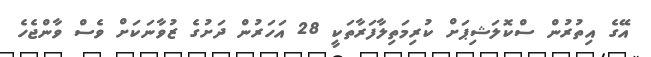
އޭގެ އިތުރުން ސްކޮލަޝިޕަށް ކުރިމަތިލާފަރާތަކީ 28 އަހަރުން ދަށުގެ ޒުވާނަކަށް ވެސް ވާންޖެހެ